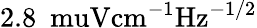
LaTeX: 2.8\ \mathrm{\ muV{cm}^{-1}{Hz}^{-1/2}}